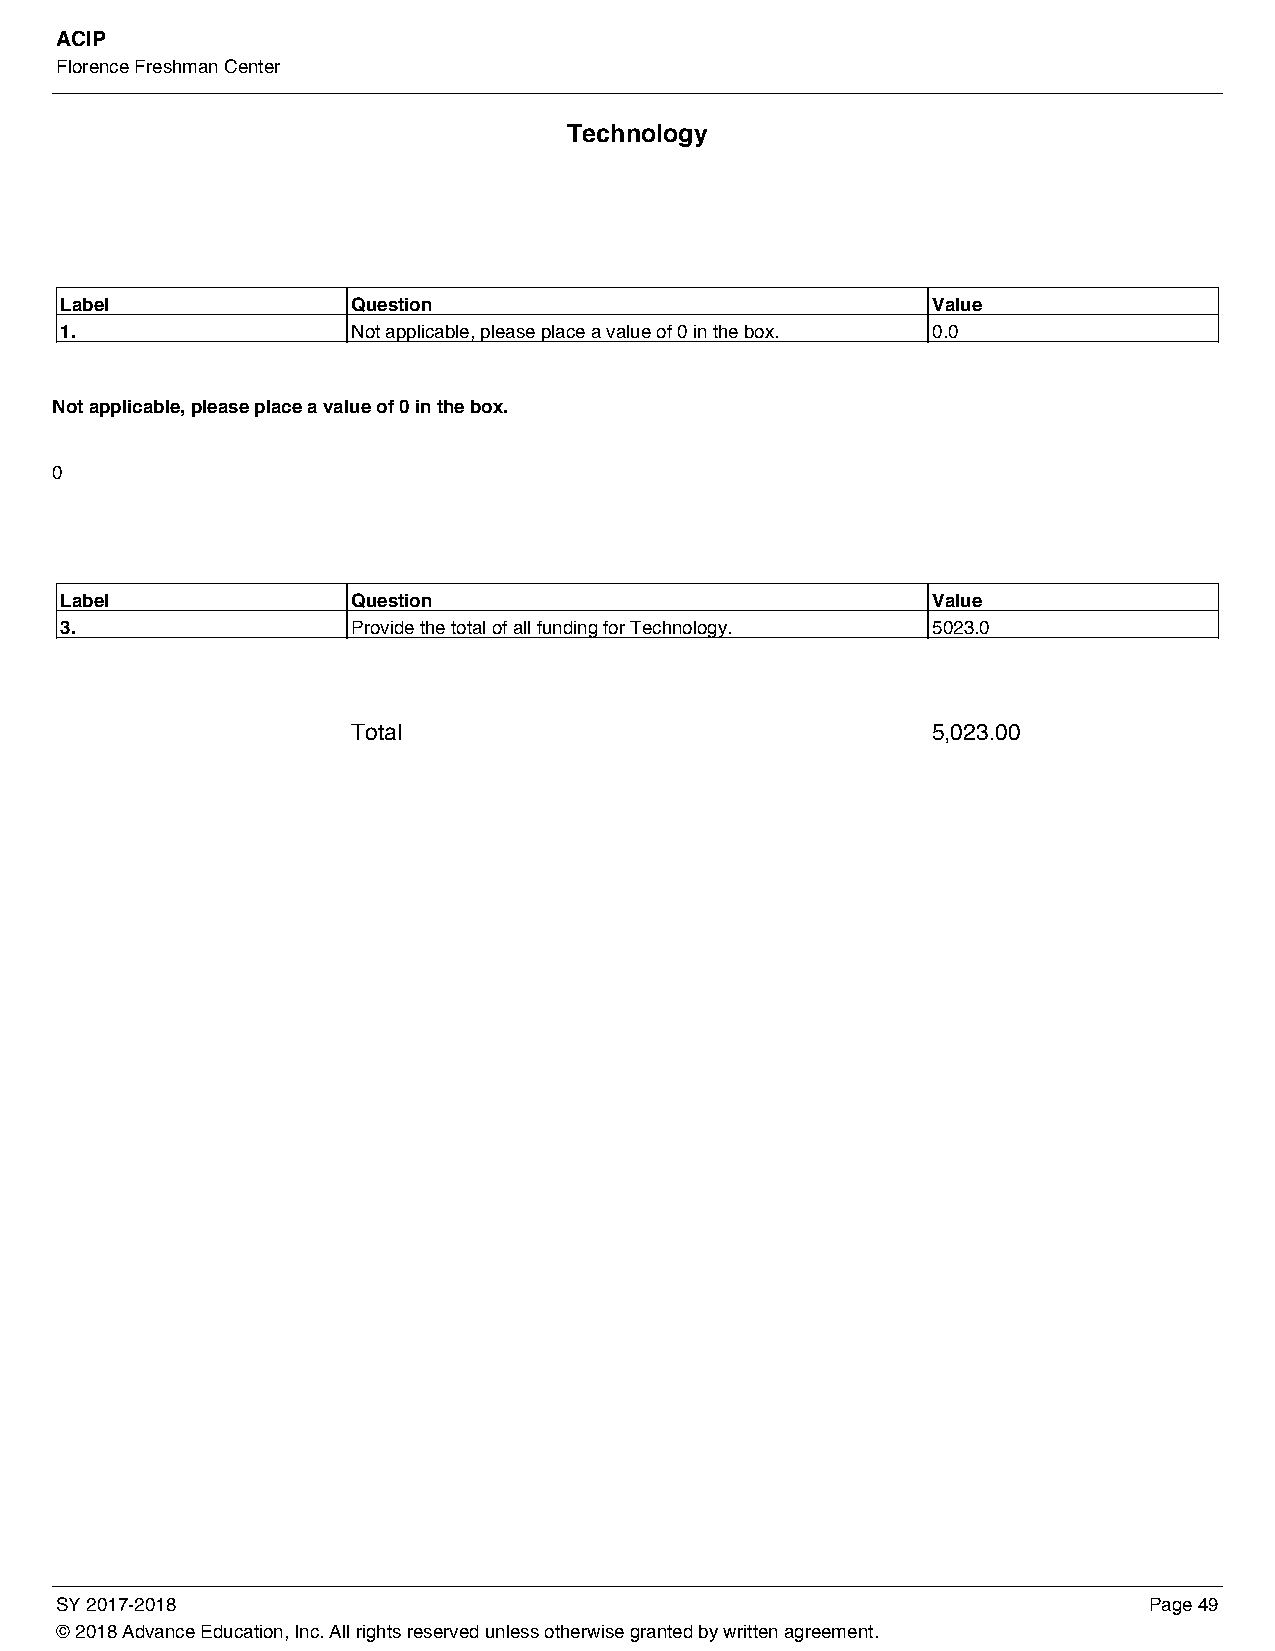
ACIP
 Florence Freshman Center
 Technology
 Label              Question                               Value
 1.                 Not applicable, please place a value of 0 in the box. 0.0
 Not applicable, please place a value of 0 in the box.
 0
 Label              Question                               Value
 3.                 Provide the total of all funding for Technology. 5023.0
 Total                                  5,023.00
 SY 2017-2018                                                            Page 49
 © 2018 Advance Education, Inc. All rights reserved unless otherwise granted by written agreement.